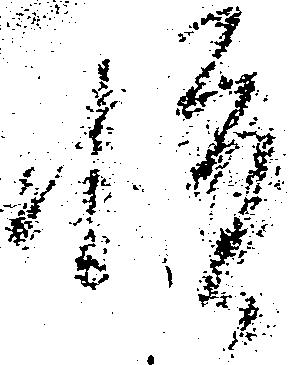
惶